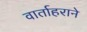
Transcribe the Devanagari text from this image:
वार्ताहराने